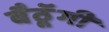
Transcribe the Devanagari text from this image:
बैठॅूगी